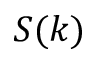
S ( k )